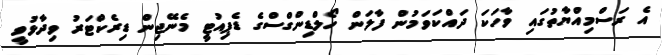
އެ ރަސްމިއްޔާތުގައި ވާހަކަ ދައްކަވަމުން ފާލަން ހޯލްޑިންގްސްގެ ޑެޕިއުޓީ މެނޭޖިން ޑިރެކްޓަރު ވިދާޅުވީ